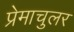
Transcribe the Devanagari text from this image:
प्रेमाचुलर